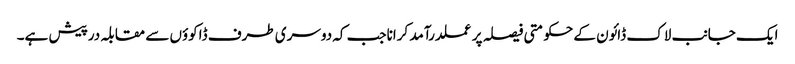
ایک جانب لاک ڈائون کے حکومتی فیصلہ پر عملدرآمد کراناجب کہ دوسری طرف ڈاکوؤں سے مقابلہ درپیش ہے۔